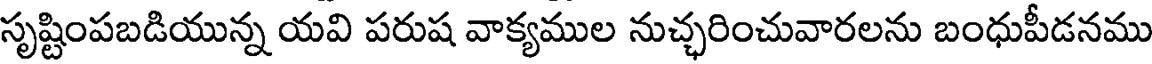
సృష్టింపబడియున్న యవి పరుష వాక్యముల నుచ్ఛరించువారలను బంధుపీడనము